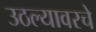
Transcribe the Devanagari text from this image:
उठल्यावरचे